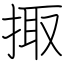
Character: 掫